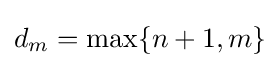
d_{m}=\max\{n+1,m\}